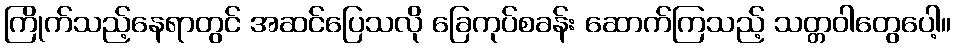
ကြိုက်သည့်နေရာတွင် အဆင်ပြေသလို ခြေကုပ်စခန်း ဆောက်ကြသည့် သတ္တဝါတွေပေါ့။